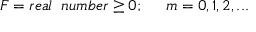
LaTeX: F = r e a l \; \; n u m b e r \geq 0 ; \; \; \; \; \; m = 0 , 1 , 2 , . . .